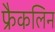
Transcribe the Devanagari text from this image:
फ्रैकलिन